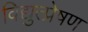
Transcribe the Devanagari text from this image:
विद्युत्प्रेषण